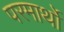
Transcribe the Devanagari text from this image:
परमार्थो